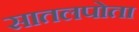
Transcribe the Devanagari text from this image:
सातलपोता